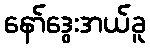
နော်ဒွေးအယ်ခူ